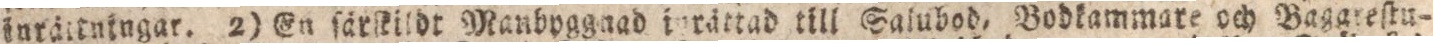
inräitningar. 2) En ſärſkildt Manbpgguad iurättad till Salubod, Bodkammare och Baggreſtu-